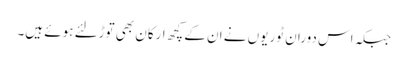
جبکہ اس دوران ٹوریوں نے ان کے کچھ ارکان بھی توڑلئے ہوئے ہیں۔